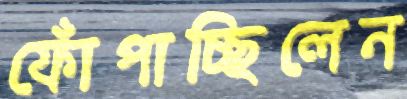
ফোঁপাচ্ছিলেন